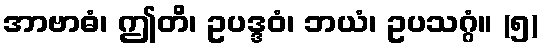
အာဗာဓံ၊ ဤတိ၊ ဥပဒ္ဒဝံ၊ ဘယံ၊ ဥပသဂ္ဂံ။ (၅)